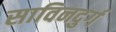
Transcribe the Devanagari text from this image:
साविनदुर्ग